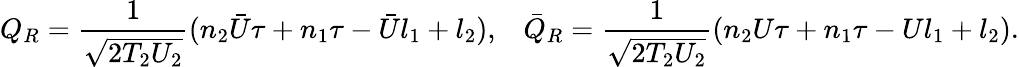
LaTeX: Q_{R}=\frac{1}{\sqrt{2T_{2}U_{2}}}(n_{2}{\bar{U}}\tau+n_{1}\tau-{\bar{U}}l_{1}+l_{2}),\; \; \; {\bar{Q}}_{R}=\frac{1}{\sqrt{2T_{2}U_{2}}}(n_{2}U\tau+n_{1}\tau-Ul_{1}+l_{2}).